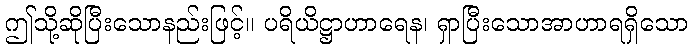
ဤသို့ဆိုပြီးသောနည်းဖြင့်။ ပရိယိဋ္ဌာဟာရေန၊ ရှာပြီးသောအာဟာရရှိသော